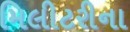
મિલીટરીના